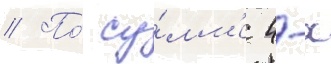
// По́ су́мм'е 4-х